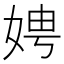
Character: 娉